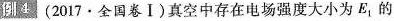
倒4(2017.全国卷I)真空中存在电场强度大小为E_{1}的